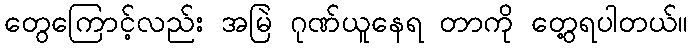
တွေကြောင့်လည်း အမြဲ ဂုဏ်ယူနေရ တာကို တွေ့ရပါတယ်။